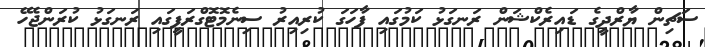
ސަޗިން ޔާރްދީގެ ޑައިރެކްޝަން ރަނގަޅު ކަމުގައި ފާހަގަ ކުރިއިރު ސިނެމޮޓޮގްރަފީގައި ރަނގަޅު ކުރަންޖެހޭ